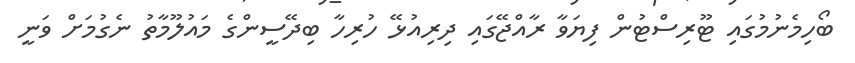
ބޯހިމެނުމުގައި ޓޫރިސްޓުން ފިޔަވާ ރާއްޖޭގައި ދިރިއުޅޭ ހުރިހާ ބިދޭސީންގެ މައުލޫމާތު ނެގުމަށް ވަނީ